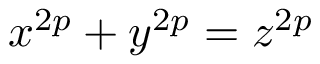
x ^ { 2 p } + y ^ { 2 p } = z ^ { 2 p }